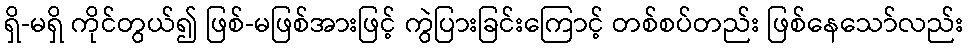
ရှိ-မရှိ ကိုင်တွယ်၍ ဖြစ်-မဖြစ်အားဖြင့် ကွဲပြားခြင်းကြောင့် တစ်စပ်တည်း ဖြစ်နေသော်လည်း